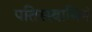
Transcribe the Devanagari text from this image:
पतिस्स्वामिनं